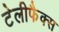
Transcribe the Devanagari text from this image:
टेलीफैक्स